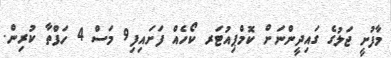
މާފުށީ ޖަލުގެ ގައިދީންނަށް ކޮމްޕިއުޓަރ ކޯހެއް ފަށައިފި9 މަސް 4 ހަފްތާ ކުރިން.